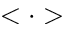
< \cdot >